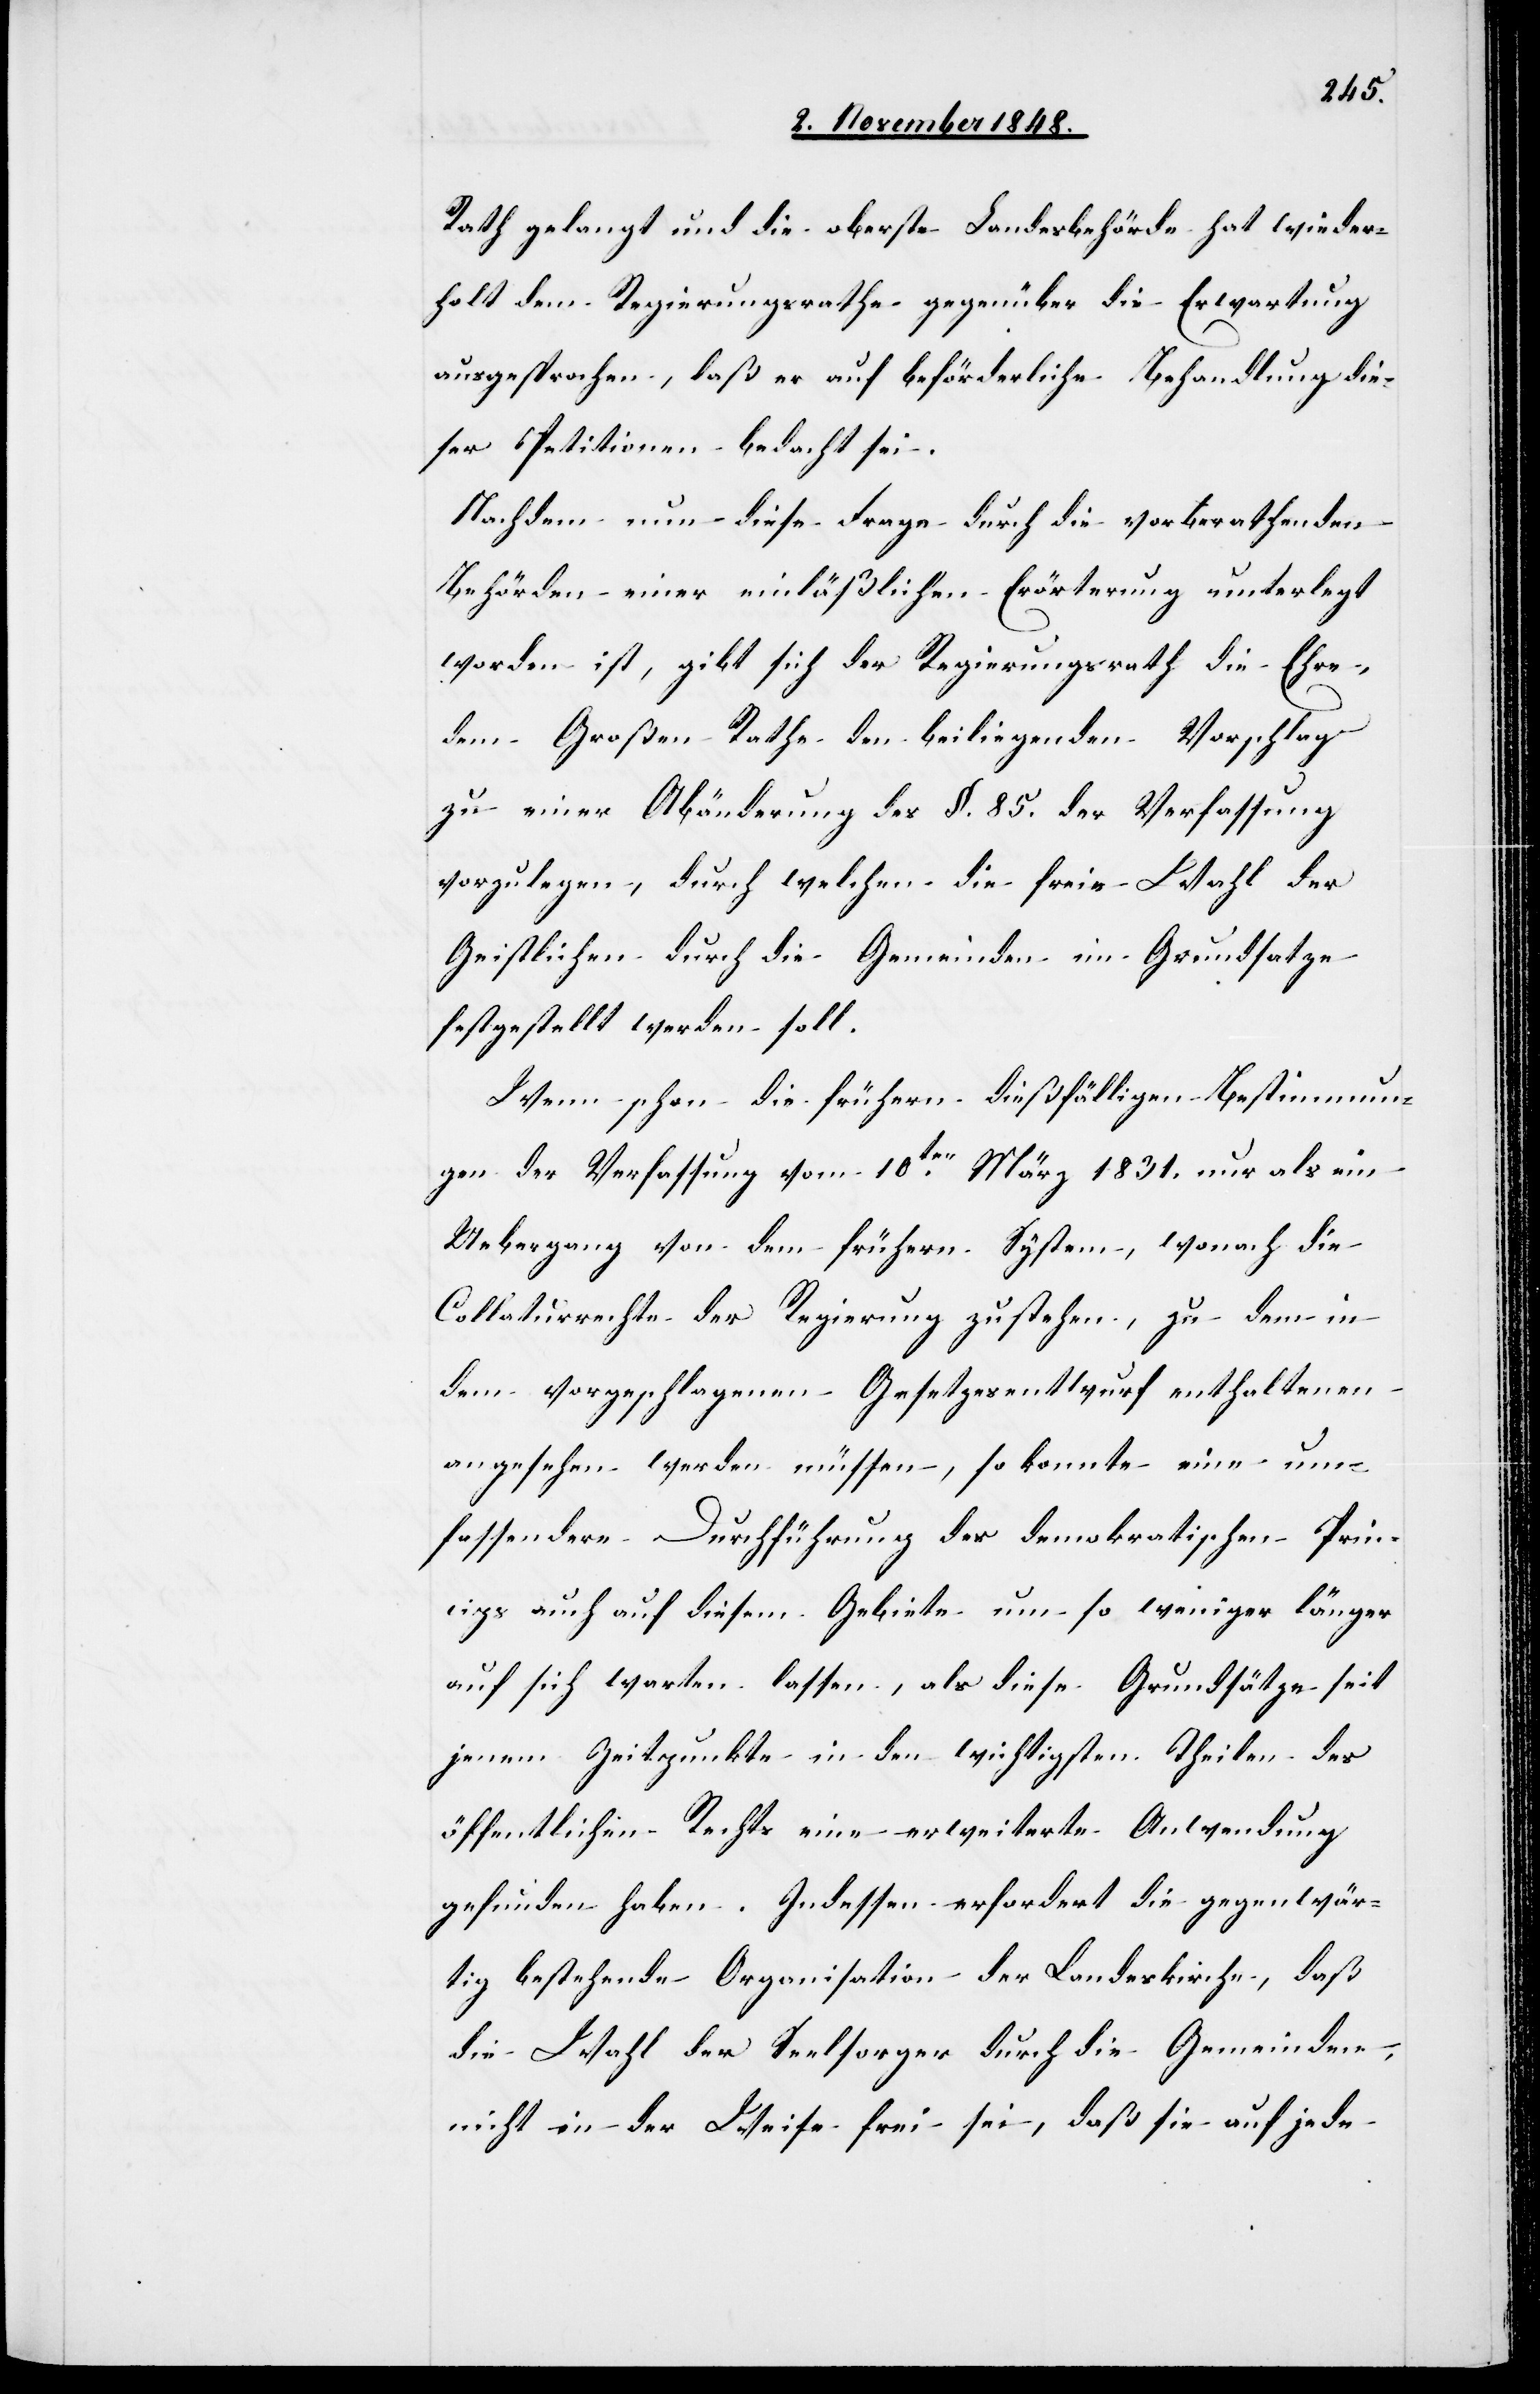
Rath gelangt und die oberste Landesbehörde hat wieder¬
holt dem Regierungsrathe gegenüber die Erwartung
ausgesprochen, daß er auf beförderliche Behandlung die¬
ser Petitionen bedacht sei.
Nachdem nun diese Frage durch die vorberathenden
Behörden einer einläßlichen Erörterung unterlegt
worden ist, gibt sich der Regierungsrath die Ehre,
dem Großen Rathe den beiliegenden Vorschlag
zu einer Abänderung des §. 85. der Verfassung
vorzulegen, durch welchen die freie Wahl der
Geistlichen durch die Gemeinden im Grundsatze
festgestellt werden soll.
Wenn schon die frühern dießfälligen Bestimmun¬
gen der Verfassung vom 10ten März 1831. nur als ein
Uebergang von dem frühern System, wonach die
Collaturrechte der Regierung zustehen, zu dem in
dem vorgeschlagenen Gesetzesentwurf enthaltenen
angesehen werden müssen, so konnte eine um¬
fassendere Durchführung des demokratischen Prin¬
cips auch auf diesem Gebiete um so weniger länger
auf sich warten lassen, als diese Grundsätze seit
jenem Zeitpunkte in den wichtigsten Theilen des
öffentlichen Rechts eine erweiterte Anwendung
gefunden haben. Indessen erfordert die gegenwär¬
tig bestehende Organisation der Landeskirche, daß
die Wahl der Seelsorger durch die Gemeinden,
nicht in der Weise frei sei, daß sie auf jede